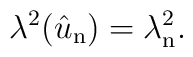
\lambda^2(\hat u_{\mathrm{n}}) = \lambda_{\mathrm{n}}^2.